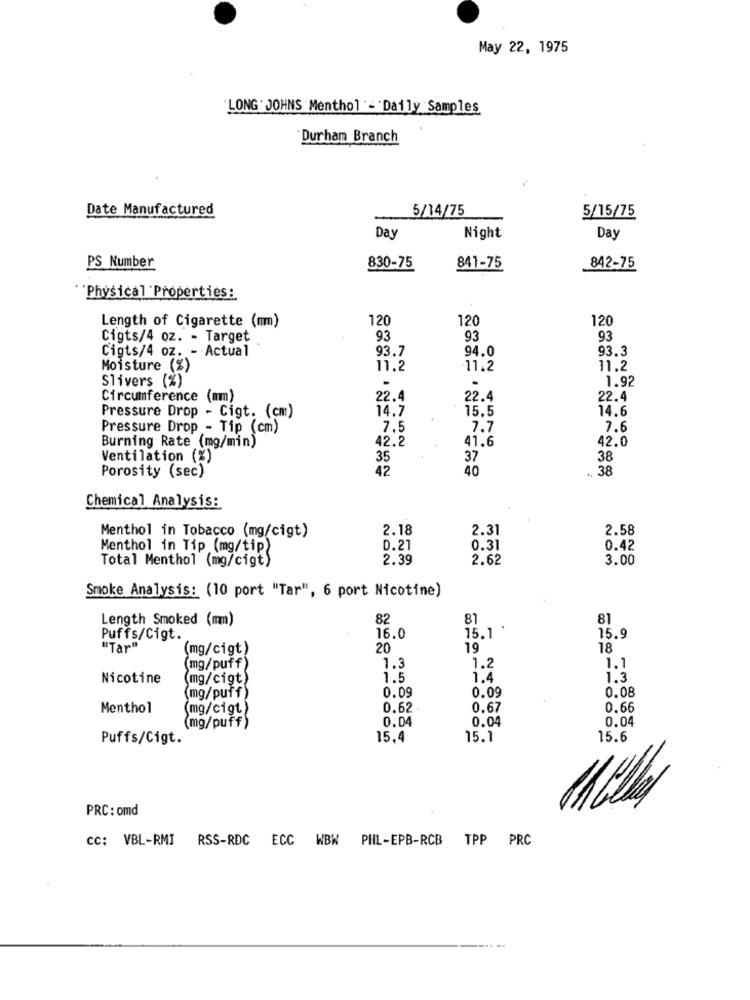
May 22, 1975
"LONG. JOHNS Menthol "-"Daily Samples
Durham Branch
Date Manufactured
5/14/75
5/15/75
Das
Night
Day
PS Number
830-75
841-75
842-75
"Physical Properties:
Length of Cigarette (mm)
120
120
120
Cigts/4 oz. - Target
93
93
93
Cigts/4 oz. - Actual
93.7
94.0
93.3
Moisture (%)
11.2
11.2
11.2
Slivers (%)
-
1.92
Circumference (mm)
22.4
22.4
22.4
Pressure Drop - Cigt. (cm)
14.7
15.5
14.6
Pressure Drop - Tip (cm)
7.5
7.7
7.6
Burning Rate (mg/min)
42.2
41.6
42.0
Ventilation (%)
35
37
38
Porosity (sec)
42
40
.. 38
Chemical Analysis:
2.18
2.31
2.58
Menthol in Tobacco (mg/cigt)
Menthol in Tip (mg/tip)
0.21
0.31
0.42
Total Menthol (mg/cigt)
2.39
2.62
3.00
Smoke Analysis: (10 port "Tar", 6 port Nicotine)
Length Smoked (mm)
82
81
81
Puffs/Cigt.
16.0
15.1
15.9
"Tar"
(mg/cigt)
20
19
18
(mg/puff)
1.3
1.2
1.1
Nicotine
(mg/cigt)
1.5
1.4
1.3
0.09
0.09
0.08
(mg/puff)
Menthol
(mg/cigt)
0.62
0.67
0.66
0.04
0.04
0.04
(mg/puff)
Puffs/Cigt.
15.4
15.1
15.6
PRC : omd
cc: VBL-RMI RSS-RDC ECC WBW PHIL-EPB-RCB TPP PRC